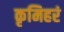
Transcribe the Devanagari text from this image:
कृमिहरं